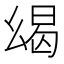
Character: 㡫